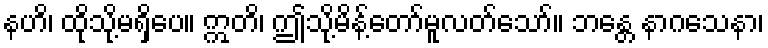
နဟိ၊ ထိုသို့မရှိပေ။ ဣတိ၊ ဤသို့မိန့်တော်မူလတ်သော်။ ဘန္တေ နာဂသေနာ၊